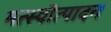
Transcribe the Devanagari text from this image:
मत्स्यॊत्पादन